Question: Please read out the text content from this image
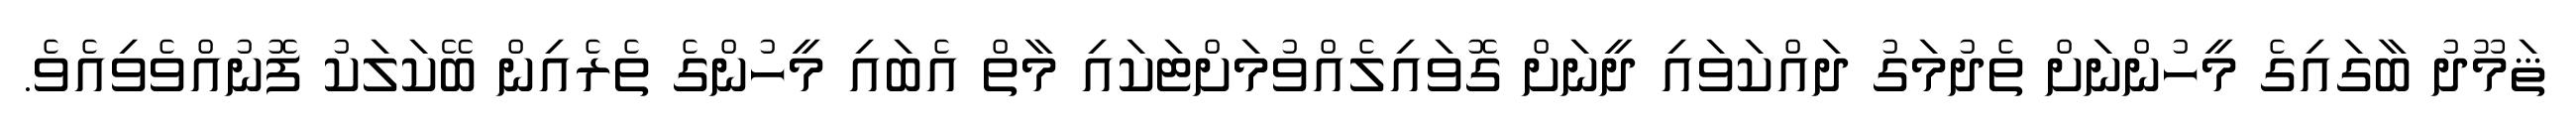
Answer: ޘަމޫދު ބާގައިގެ މީހުންނަށް ތެދުމަގު ދައްކަވައި ދީނަށް ގޮވައިލެއްވުމަށްޓަކައި މާތް އެބައި މީހުންގެ ތެރެއިން ބޭކަލަކު ފޮނުއްވެވިއެވެ.